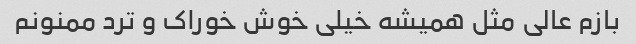
بازم عالی مثل همیشه خیلی خوش خوراک و ترد ممنونم